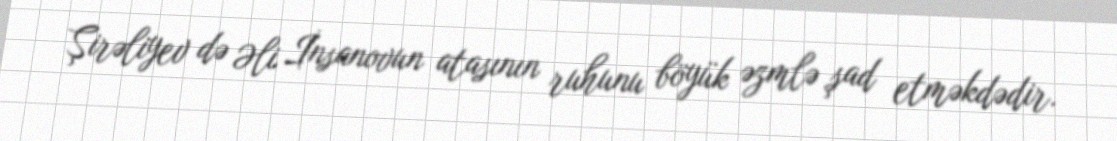
Şirəliyev də Əli İnsanovun atasının ruhunu böyük əzmlə şad etməkdədir.